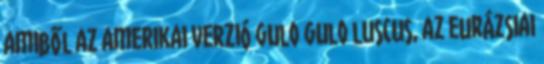
amiből az amerikai verzió gulo gulo luscus, az eurázsiai